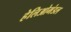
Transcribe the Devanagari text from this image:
हेलिओमंडल